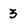
Character: 3